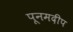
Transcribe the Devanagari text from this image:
पूनमदीप